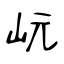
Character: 岏